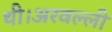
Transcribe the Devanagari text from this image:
थी।अरवल्ली